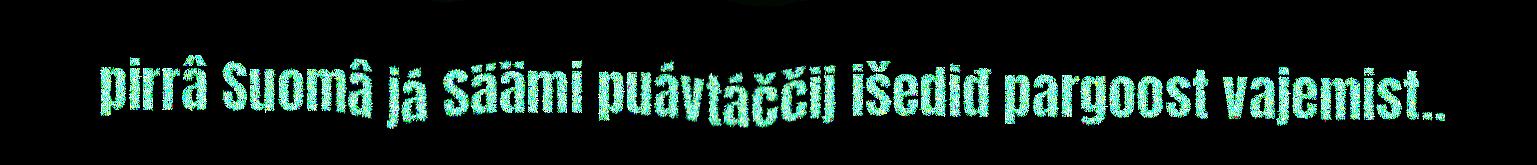
pirrâ Suomâ já Säämi puávtáččij išediđ pargoost vajemist..